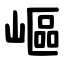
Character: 嶇